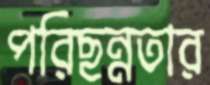
পরিছন্নতার